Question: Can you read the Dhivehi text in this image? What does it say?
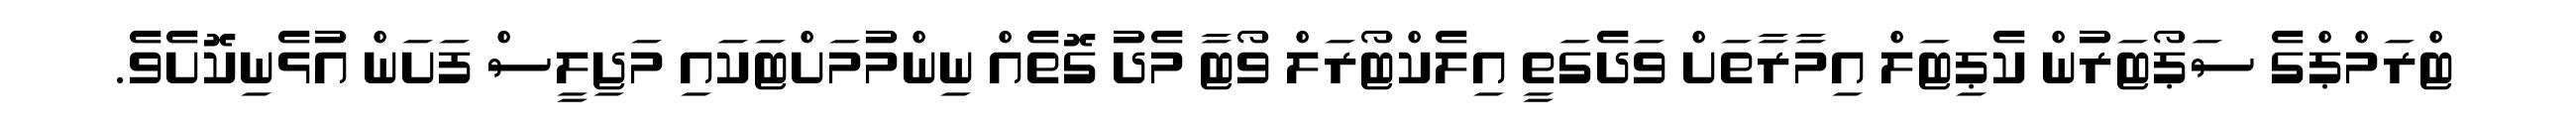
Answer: ޓްރަމްޕްގެ ސަޕޯޓަރުން ކެޕިޓަލް އިމާރާތަށް ވަދެގަތީ އިލެކްޓޯރަލް ވޯޓާ މެދު ގޮތެއް ނިންމުމަށްޓަކައި މަޖިލީސް ފަށަން އުޅެނިކޮށެވެ.